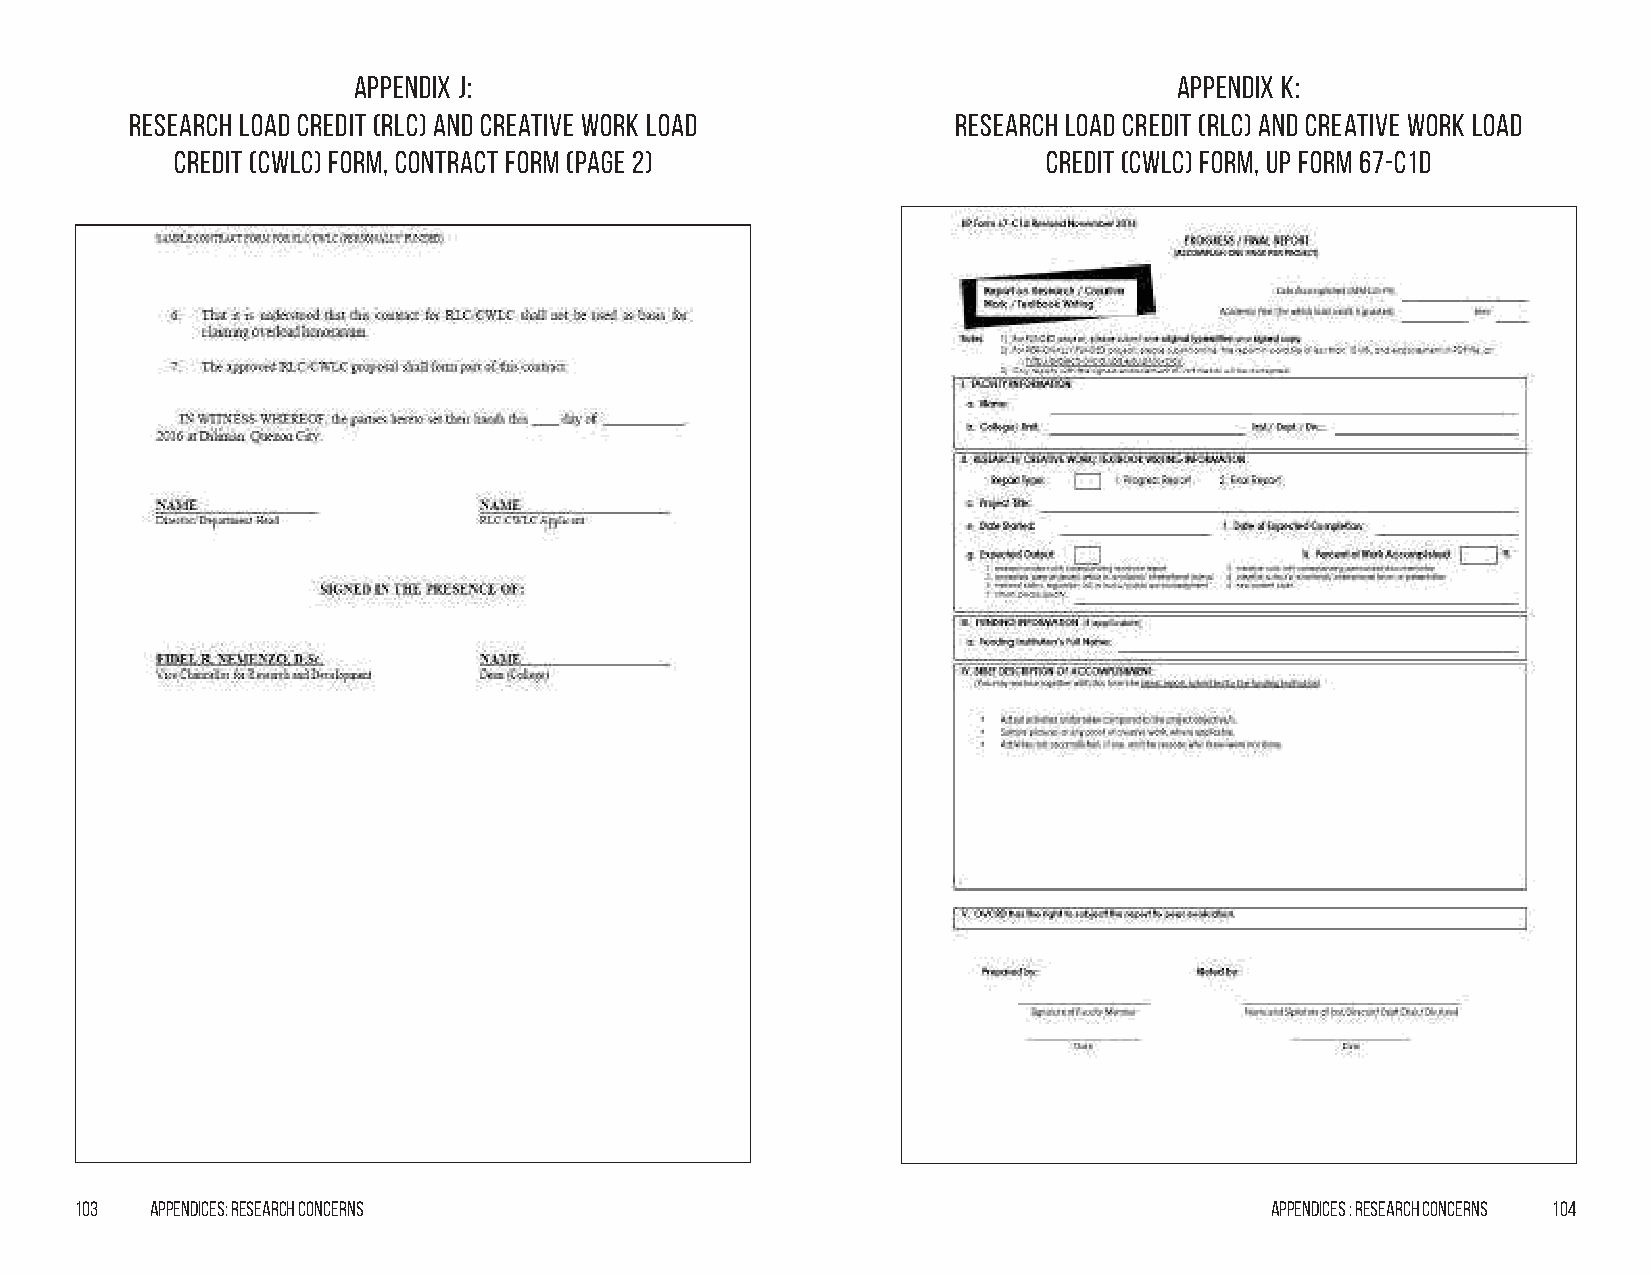
Appendix j:                                            Appendix k:
 Research Load Credit (RLC) and Creative Work Load     Research Load Credit (RLC) and Creative Work Load
 Credit (CWLC) Form, Contract Form (Page 2)               Credit (CWLC) Form, UP Form 67-C1d
 103  Appendices: Research Concerns                                             Appendices : Research Concerns 104